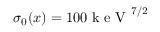
\sigma _ { 0 } ( x ) = 1 0 0 \mathrm { ~ k ~ e ~ V ~ } ^ { 7 / 2 }